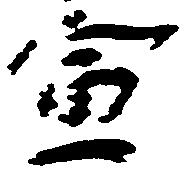
宣